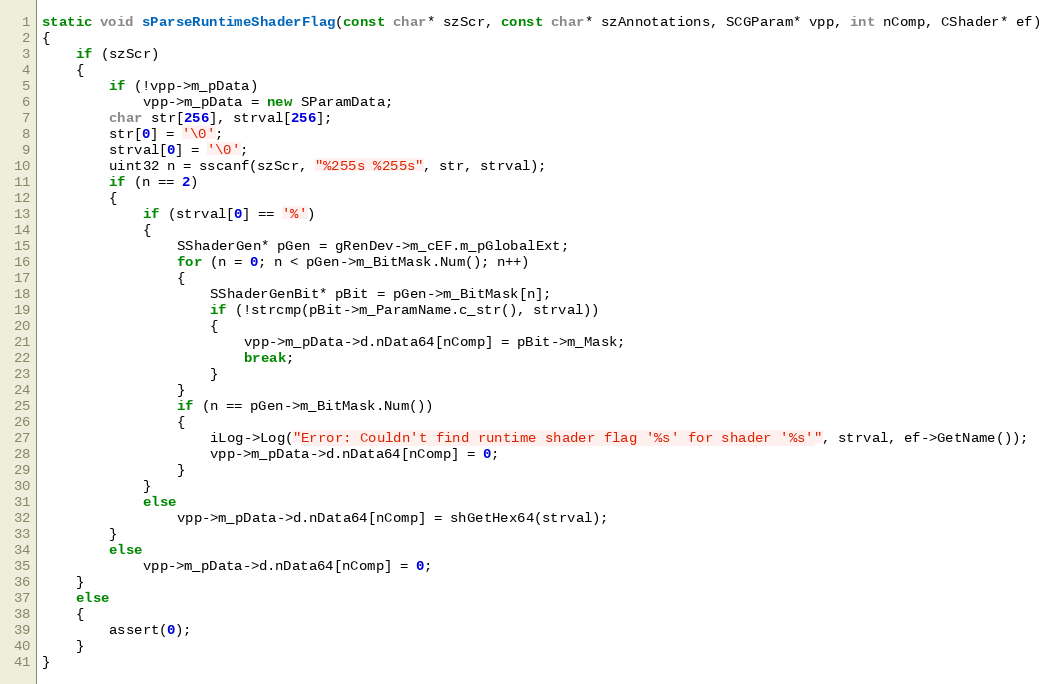
Language: C++
static void sParseRuntimeShaderFlag(const char* szScr, const char* szAnnotations, SCGParam* vpp, int nComp, CShader* ef)
{
	if (szScr)
	{
		if (!vpp->m_pData)
			vpp->m_pData = new SParamData;
		char str[256], strval[256];
		str[0] = '\0';
		strval[0] = '\0';
		uint32 n = sscanf(szScr, "%255s %255s", str, strval);
		if (n == 2)
		{
			if (strval[0] == '%')
			{
				SShaderGen* pGen = gRenDev->m_cEF.m_pGlobalExt;
				for (n = 0; n < pGen->m_BitMask.Num(); n++)
				{
					SShaderGenBit* pBit = pGen->m_BitMask[n];
					if (!strcmp(pBit->m_ParamName.c_str(), strval))
					{
						vpp->m_pData->d.nData64[nComp] = pBit->m_Mask;
						break;
					}
				}
				if (n == pGen->m_BitMask.Num())
				{
					iLog->Log("Error: Couldn't find runtime shader flag '%s' for shader '%s'", strval, ef->GetName());
					vpp->m_pData->d.nData64[nComp] = 0;
				}
			}
			else
				vpp->m_pData->d.nData64[nComp] = shGetHex64(strval);
		}
		else
			vpp->m_pData->d.nData64[nComp] = 0;
	}
	else
	{
		assert(0);
	}
}